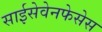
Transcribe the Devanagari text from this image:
साईसेवेनफेसेस